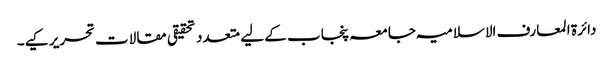
دائرۃ المعارف الاسلامیہ جامعہ پنجاب کے لیے متعدد تحقیقی مقالات تحریر کیے۔